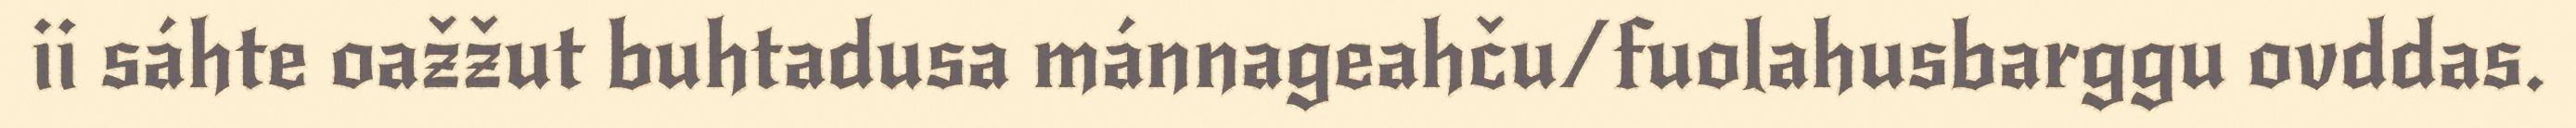
ii sáhte oažžut buhtadusa mánnageahču/fuolahusbarggu ovddas.